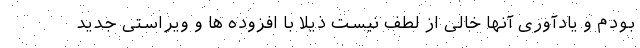
بودم و یادآوری آنها خالی از لطف نیست ذیلا با افزوده ها و ویراستی جدید